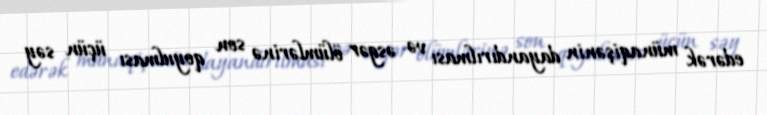
edərək münaqişənin dayandırılması və əsgər ölümlərinə son qoyulması üçün səy